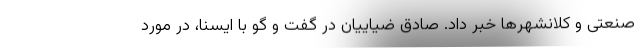
صنعتی و کلانشهرها خبر داد. صادق ضیاییان در گفت و گو با ایسنا، در مورد